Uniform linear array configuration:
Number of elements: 24
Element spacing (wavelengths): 1
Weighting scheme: uniform
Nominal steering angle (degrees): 60
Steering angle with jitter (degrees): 59.794
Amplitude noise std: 0.05
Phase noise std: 0.05

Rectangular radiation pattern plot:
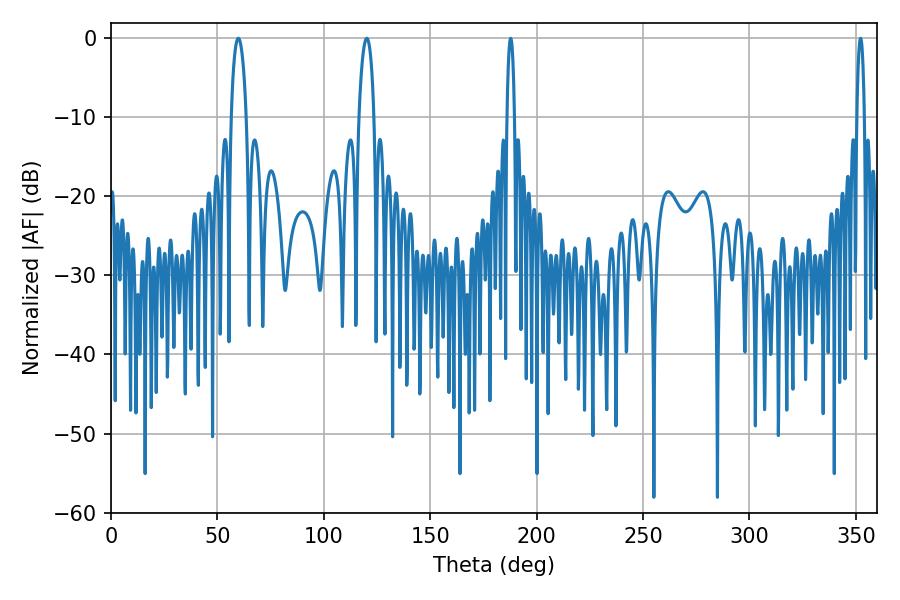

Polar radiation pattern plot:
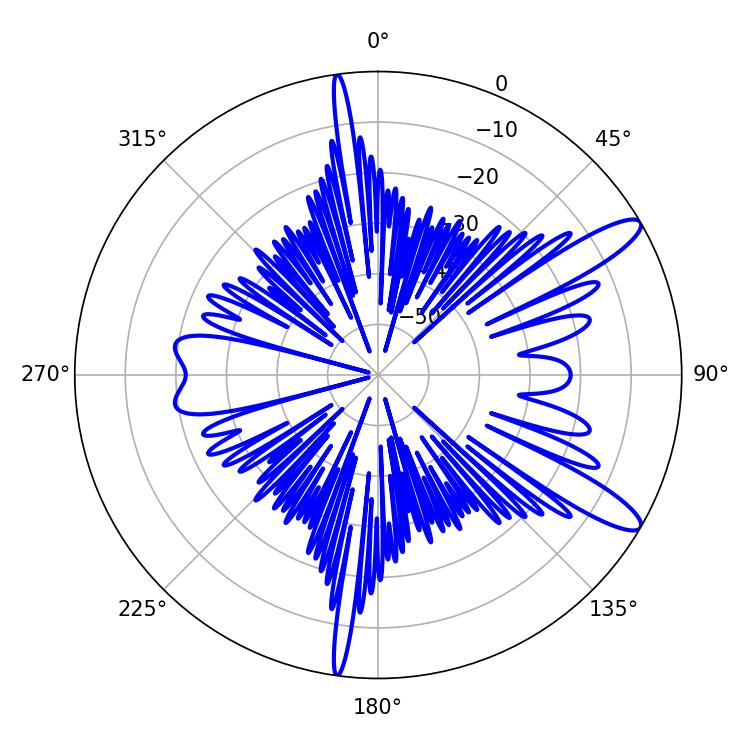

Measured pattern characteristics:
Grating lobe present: TRUE
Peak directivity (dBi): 11.974
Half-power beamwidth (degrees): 3.96
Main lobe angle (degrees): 59.76